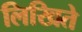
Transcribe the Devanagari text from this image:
लिखिते